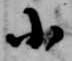
小